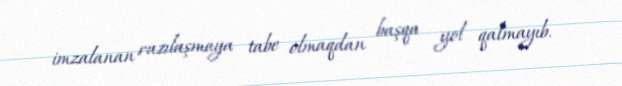
imzalanan razılaşmaya tabe olmaqdan başqa yol qalmayıb.